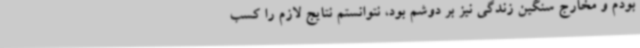
بودم و مخارج سنگین زندگی نیز بر دوشم بود، نتوانستم نتایج لازم را کسب